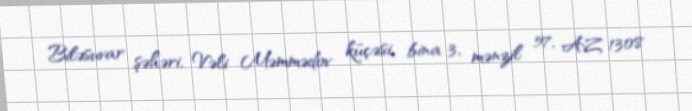
Biləsuvar şəhəri, Vəli Məmmədov küçəsi, bina 3, mənzil 57, AZ 1308